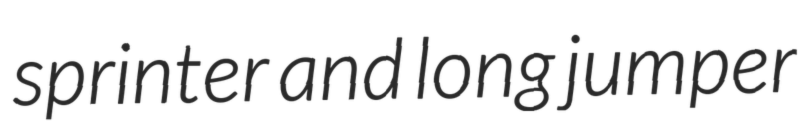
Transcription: sprinter and long jumper